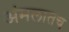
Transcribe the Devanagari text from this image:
अंमलातच